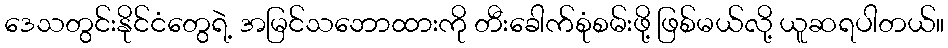
ဒေသတွင်းနိုင်ငံတွေရဲ့ အမြင်သဘောထားကို တီးခေါက်စုံစမ်းဖို့ ဖြစ်မယ်လို့ ယူဆရပါတယ်။